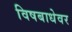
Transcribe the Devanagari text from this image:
विषबाधेवर